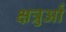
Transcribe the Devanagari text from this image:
क्षत्रुओं